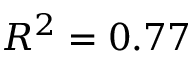
R ^ { 2 } = 0 . 7 7